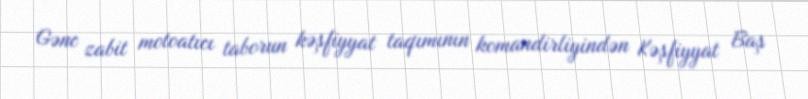
Gənc zabit motoatıcı taborun kəşfiyyat taqımının komandirliyindən Kəşfiyyat Baş